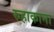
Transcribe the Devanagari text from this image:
रुहाकाना